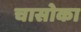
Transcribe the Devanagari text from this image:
चासोका